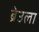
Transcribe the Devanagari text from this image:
ब्रेउला